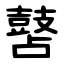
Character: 䵿